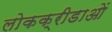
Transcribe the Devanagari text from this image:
लोकक्रीडाओं